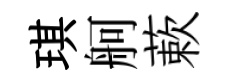
琪舸蔌